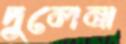
দুলেনা